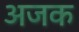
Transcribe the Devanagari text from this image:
अजक